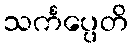
သင်္ကပ္ပေတိ